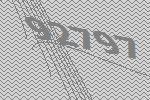
92797